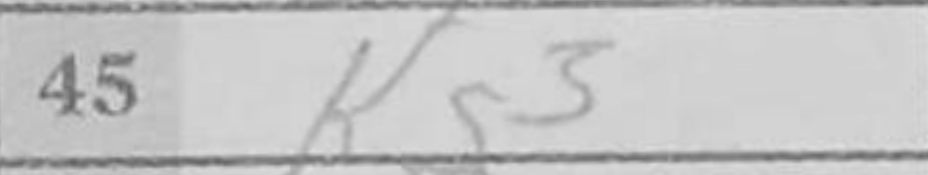
Transcription: Kg3